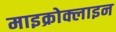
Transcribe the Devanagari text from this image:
माइक्रोक्लाइन